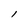
Character: l